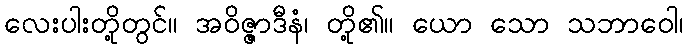
လေးပါးတို့တွင်။ အဝိဇ္ဇာဒီနံ၊ တို့၏။ ယော သော သဘာဝေါ၊